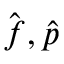
\hat { \boldsymbol f } , \hat { p }